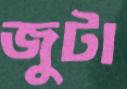
জুটা